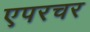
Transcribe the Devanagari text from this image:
एपरचर